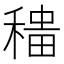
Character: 𫁁